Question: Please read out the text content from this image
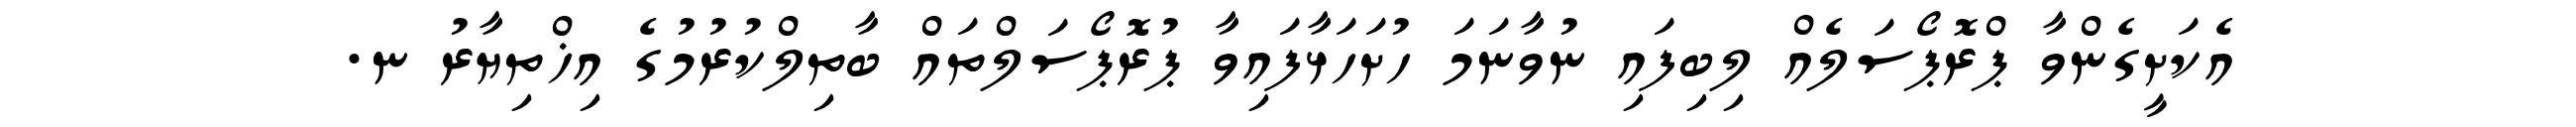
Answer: އެކަށީގެންވާ ޕްރޮޕޯސަލެއް ލިބިފައި ނުވާނަމަ ހުށަހަޅާފައިވާ ޕުރޮޕޯސަލްތައް ބާތިލްކުރުމުގެ އިޚްތިޔާރު ނ.